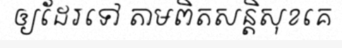
ឲ្យដែរទៅ តាមពិតសន្តិសុខគេ